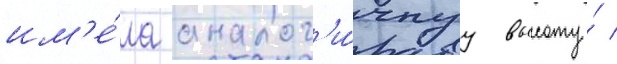
им'е́ла аналог'и́чнуу высоту́ /